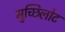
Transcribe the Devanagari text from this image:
मुच्छिलोट